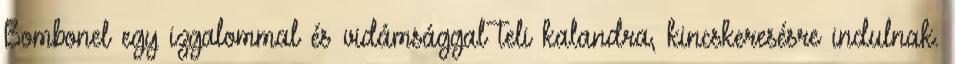
Bombonel egy izgalommal és vidámsággal teli kalandra, kincskeresésre indulnak.